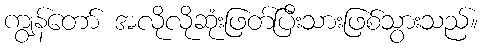
ကျွန်တော် အလိုလိုဆုံးဖြတ်ပြီးသားဖြစ်သွားသည်။